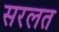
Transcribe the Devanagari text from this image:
सरलत